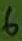
Text: 6